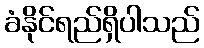
ခံနိုင်ရည်ရှိပါသည်